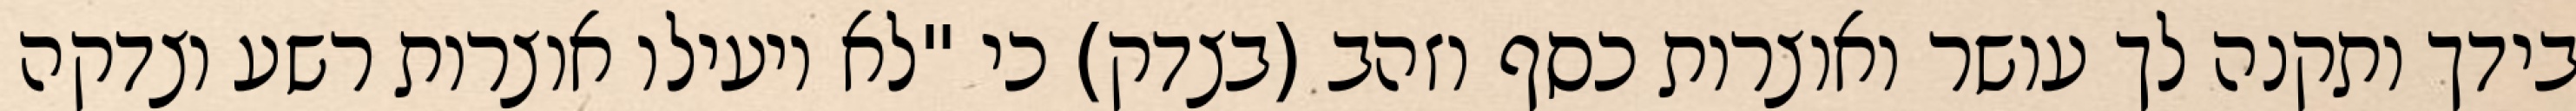
בידך ותקנה לך עושר ואוצרות כסף וזהב (בצדק) כי "לא יועילו אוצרות רשע וצדקה